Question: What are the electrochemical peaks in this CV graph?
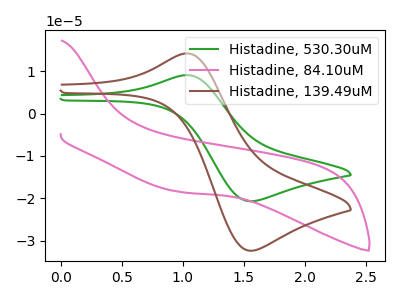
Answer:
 <answer>The green curve "Histadine, 530.30uM" has an anodic peak at (1.05V, 9.10uA) and a cathodic peak at (1.55V, -20.70uA). The pink curve "Histadine, 84.10uM" has no peaks. The brown curve "Histadine, 139.49uM" has an anodic peak at (1.05V, 14.20uA) and a cathodic peak at (1.55V, -32.40uA).</answer>
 <eval></eval>